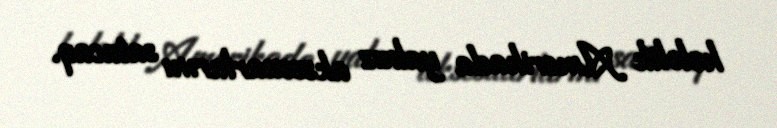
hələlik Amerikada yalnız aksesuarlarını satacaq.